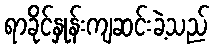
ရာခိုင်နှုန်းကျဆင်းခဲ့သည်